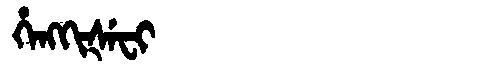
Manchu: ᡥᡝᠩᡴᡳᡧᡝᠸᡳ
Romanization: HENGKIŠEFI